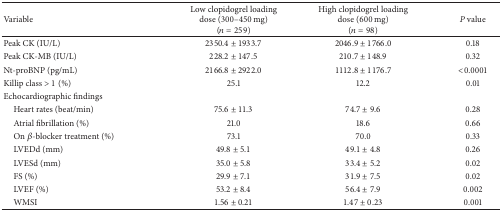
<table><thead><tr><td><b>Variable </b></td><td><b>Low clopidogrel loading dose (300–450 mg) (<i>n</i> = 259)</b></td><td><b>High clopidogrel loading dose (600 mg) (<i>n</i> = 98)</b></td><td><b><i>P</i> value</b></td></tr></thead><tbody><tr><td>Peak CK (IU/L)</td><td>2350.4 ± 1933.7</td><td>2046.9 ± 1766.0</td><td>0.18</td></tr><tr><td>Peak CK-MB (IU/L)</td><td>228.2 ± 147.5</td><td>210.7 ± 148.9</td><td>0.32</td></tr><tr><td>Nt-proBNP (pg/mL)</td><td>2166.8 ± 2922.0</td><td>1112.8 ± 1176.7</td><td>&lt;0.0001</td></tr><tr><td>Killip class &gt;1 (%)</td><td>25.1</td><td>12.2</td><td>0.01</td></tr><tr><td>Echocardiographic findings</td><td> </td><td> </td><td> </td></tr><tr><td> Heart rates (beat/min)</td><td>75.6 ± 11.3</td><td>74.7 ± 9.6</td><td>0.28</td></tr><tr><td> Atrial fibrillation (%)</td><td>21.0</td><td>18.6</td><td>0.66</td></tr><tr><td> On <i>β</i>-blocker treatment (%)</td><td>73.1</td><td>70.0</td><td>0.33</td></tr><tr><td> LVEDd (mm)</td><td>49.8 ± 5.1</td><td>49.1 ± 4.8</td><td>0.26</td></tr><tr><td> LVESd (mm)</td><td>35.0 ± 5.8</td><td>33.4 ± 5.2</td><td>0.02</td></tr><tr><td> FS (%)</td><td>29.9 ± 7.1</td><td>31.9 ± 7.5</td><td>0.02</td></tr><tr><td> LVEF (%)</td><td>53.2 ± 8.4</td><td>56.4 ± 7.9</td><td>0.002</td></tr><tr><td> WMSI</td><td>1.56 ± 0.21</td><td>1.47 ± 0.23</td><td>0.001</td></tr></tbody></table>